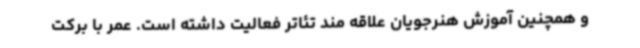
و همچنین آموزش هنرجویان علاقه مند تئاتر فعالیت داشته است. عمر با برکت